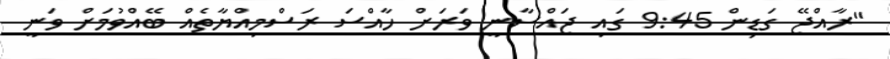
"ރާއްޖޭ ގަޑިން 9:45 ގައި ޖައްސާނީ ވަރަށް ހާއްސަ ރަސްމިއްޔާތެއް ބޭއްވުމަށް ވަނީ